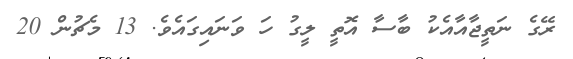
ރޭގެ ނަތީޖާއާއެކު ބާސާ އޮތީ ލީގު ހަ ވަނައިގައެވެ. 13 މެޗުން 20